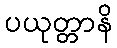
ပယုတ္တာနိ